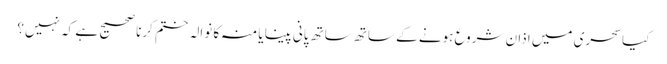
کیاسحری میں اذان شروع ہونے کے ساتھ ساتھ پانی پینا یا منہ کا نوالہ ختم کرنا صحیح ہے کہ نہیں؟